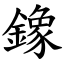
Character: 鐌